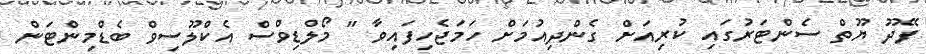
ފޭދޫ ޔޫތް ސެންޓަރުގައި ކުރިއަށް ގެންދިއުމަށް ހަމަޖެހިފައިވާ " މޯލްޑިވްސް އެކްލޫސިވް ބެޑްމިންޓަން